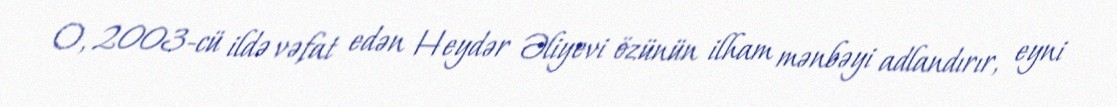
O, 2003-cü ildə vəfat edən Heydər Əliyevi özünün ilham mənbəyi adlandırır, eyni